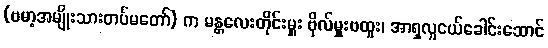
(ဗမာ့အမျိုးသားတပ်မတော်) က မန္တလေးတိုင်းမှူး ဗိုလ်မှူးဗထူး၊ အာရှလူငယ်ခေါင်းဆောင်